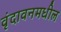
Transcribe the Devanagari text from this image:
वृंदावनमधील